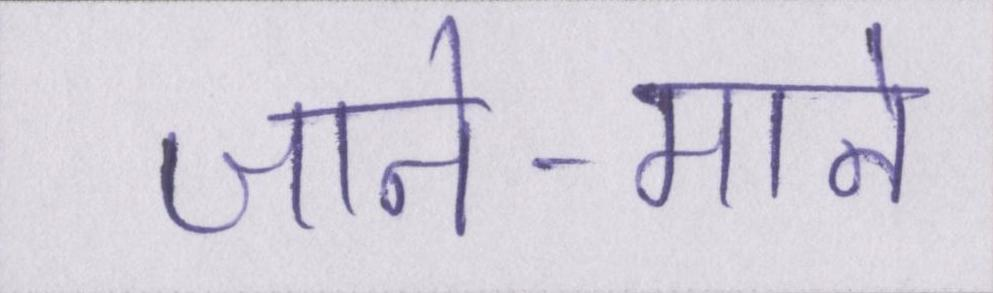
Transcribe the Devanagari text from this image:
जाने-माने